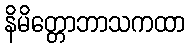
နိမိတ္တောဘာသကထာ